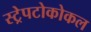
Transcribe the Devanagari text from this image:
स्ट्रेपटोकोकल